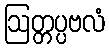
ဩတ္တပ္ပဗလံ